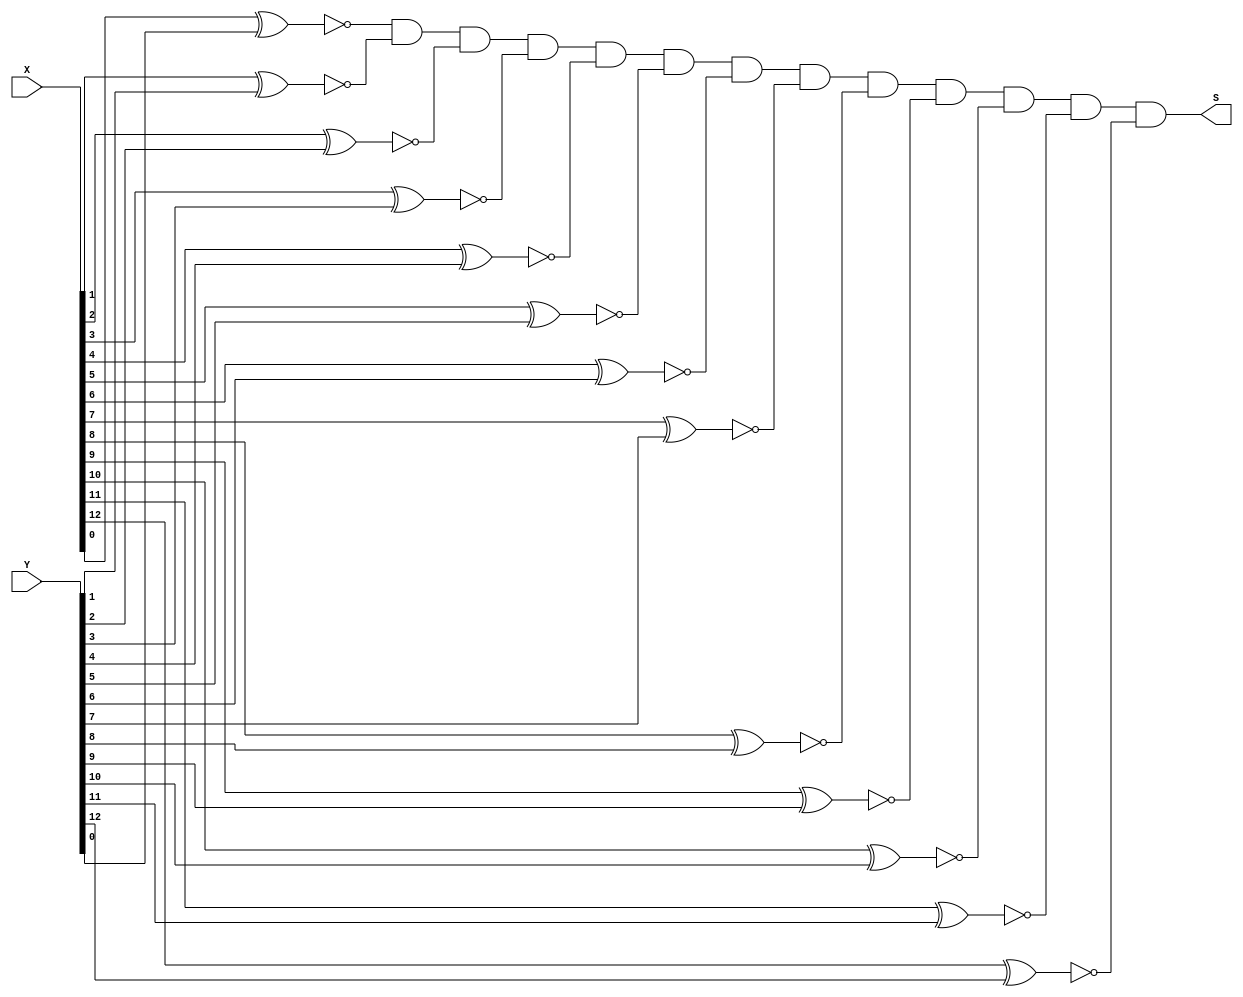
`ifndef equals13bit
  `define equals13bit

module equals13bit(X, Y, S);
  input [12:0] X;
  input [12:0] Y;
  output S;

  assign R1 = ~(X[0] ^ Y[0]);
  assign R2 = ~(X[1] ^ Y[1]);
  assign R3 = ~(X[2] ^ Y[2]);
  assign R4 = ~(X[3] ^ Y[3]);
  assign R5 = ~(X[4] ^ Y[4]);
  assign R6 = ~(X[5] ^ Y[5]);
  assign R7 = ~(X[6] ^ Y[6]);
  assign R8 = ~(X[7] ^ Y[7]);
  assign R9 = ~(X[8] ^ Y[8]);
  assign R10 = ~(X[9] ^ Y[9]);
  assign R11 = ~(X[10] ^ Y[10]);
  assign R12 = ~(X[11] ^ Y[11]);
  assign R13 = ~(X[12] ^ Y[12]);

  assign S = R1 & R2 & R3 & R4 & R5 & R6 & R7 & R8 & R9 & R10 & R11 & R12 & R13;

endmodule

`endif